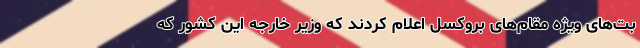
بت‌های ویژه مقام‌های بروکسل اعلام کردند که وزیر خارجه این کشور که